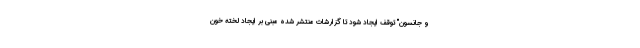
و جانسون" توقف ایجاد شود تا گزارشات منتشر شده مبنی بر ایجاد لخته خون‌